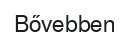
Bővebben